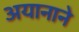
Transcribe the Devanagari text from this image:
अयानाने